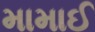
મામાઈ